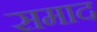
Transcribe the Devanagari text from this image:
समाद